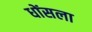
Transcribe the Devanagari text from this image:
धोंसला